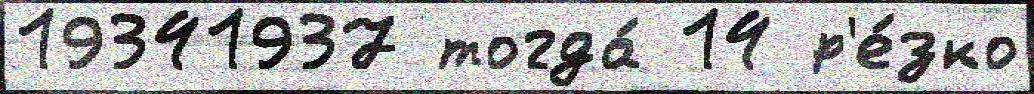
19341937 тогда́ 14 р'е́зко